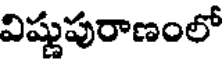
విష్ణుపురాణంలో